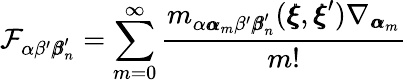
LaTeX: \mathcal{F}_{\alpha\beta^{\prime}{\pmb\beta}_{n}^{\prime}}=\sum_{m=0}^{\infty}\frac{m_{\alpha{\pmb\alpha}_{m}\beta^{\prime}{\pmb\beta}_{n}^{\prime}}({\pmb\xi},{\pmb\xi}^{\prime})\nabla_{{\pmb\alpha}_{m}}}{m!}